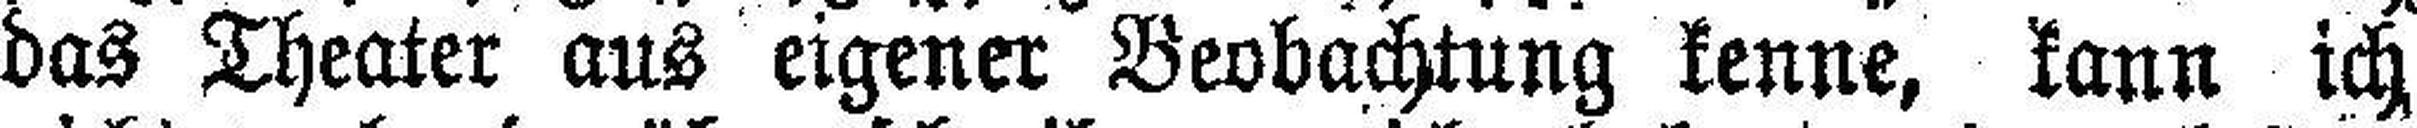
das Theater aus eigener Beobachtung kenne, kann ich